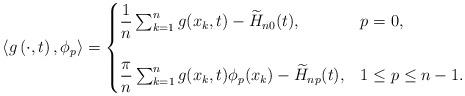
LaTeX: \begin{align*} \langle g\left(\cdot,t\right), \phi_p \rangle= \begin{cases} \dfrac{1}{n}\sum_{k=1}^n g(x_k,t) - \widetilde {H}_{n0}(t), & p=0,\\\\ \dfrac{\pi}{n} \sum_{k=1}^n g(x_k,t) \phi_p(x_k) - \widetilde {H}_{np}(t), & 1 \le p \le n-1.\end{cases}\end{align*}